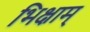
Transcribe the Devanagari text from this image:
भिक्षाम्